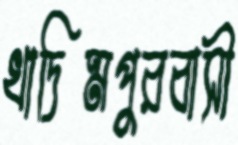
খাদিমপুরবাসী